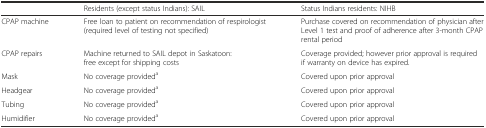
|  | Residents (except status Indians): SAIL | Status Indians residents: NIHB |
 | --- | --- | --- |
 | CPAP machine | Free loan to patient on recommendation of respirologist (required level of testing not specified) | Purchase covered on recommendation of physician after Level 1 test and proof of adherence after 3-month CPAP rental period |
 | CPAP repairs | Machine returned to SAIL depot in Saskatoon: free except for shipping costs | Coverage provided; however prior approval is required if warranty on device has expired. |
 | Mask | No coverage provideda | Covered upon prior approval |
 | Headgear | No coverage provideda | Covered upon prior approval |
 | Tubing | No coverage provideda | Covered upon prior approval |
 | Humidifier | No coverage provideda | Covered upon prior approval |